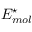
E _ { m o l } ^ { \star }